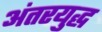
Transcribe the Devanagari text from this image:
अंतरयुद्ध